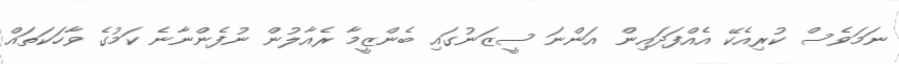
ނަމަވެސް ކުރިއެކޭ އެއްފަދައިން އަންނަ ސީޒަނުގައި ބެންޒީމާ ރެއާލުން ނުފެންނާނެ ކަމުގެ ވާހަކަތައް